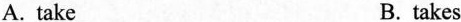
A. take B.takes